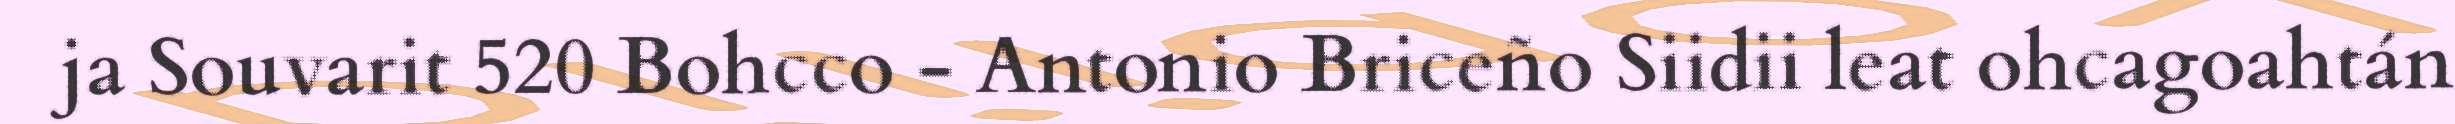
ja Souvarit 520 Bohcco - Antonio Briceño Siidii leat ohcagoahtán